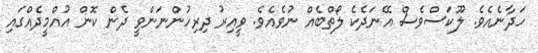
ހަދާނެއެވެ. ލޫކަސްވެސް އޭނަދެކެ ލޯތްބެއް ނުވެއެވެ. ވީއިރު ދިރިހުންނަންވީ ދެން ކޮން އުއްމީދެއްގައި